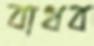
বাধব